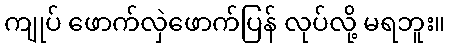
ကျုပ် ဖောက်လှဲဖောက်ပြန် လုပ်လို့ မရဘူး။